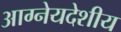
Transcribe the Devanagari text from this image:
आग्नेयदेशीय